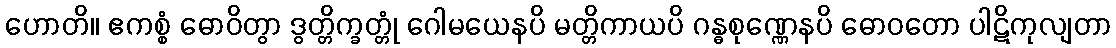
ဟောတိ။ ဧကစ္စံ ဓောဝိတွာ ဒွတ္တိက္ခတ္တုံ ဂေါမယေနပိ မတ္တိကာယပိ ဂန္ဓစုဏ္ဏေနပိ ဓောဝတော ပါဋိကုလျတာ